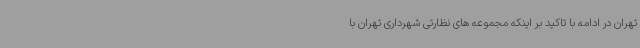
تهران در ادامه با تاکید بر اینکه مجموعه های نظارتی شهرداری تهران با